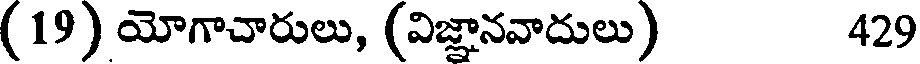
(19) యోగాచారులు, (విజ్ఞానవాదులు) 429